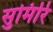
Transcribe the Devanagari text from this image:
सुमिरि